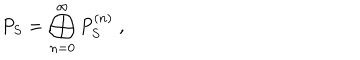
P _ { S } = \bigoplus _ { n = 0 } ^ { \infty } P _ { S } ^ { ( n ) } \; ,